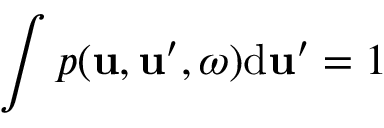
\int p ( \boldsymbol { \mathbf { u } } , \boldsymbol { \mathbf { u } } ^ { \prime } , \omega ) \mathrm { d } \boldsymbol { \mathbf { u } } ^ { \prime } = 1